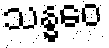
သန္ဓဝေ